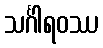
သင်္ဂါရဝဿ